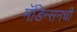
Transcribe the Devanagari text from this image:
मॅडिन्सनची